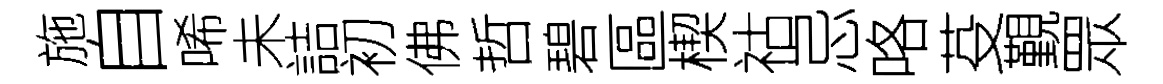
施自唏未詰初佛哲碧區楔祜忌咯芟覲眾